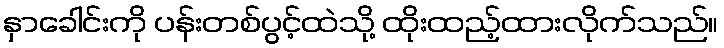
နှာခေါင်းကို ပန်းတစ်ပွင့်ထဲသို့ ထိုးထည့်ထားလိုက်သည်။